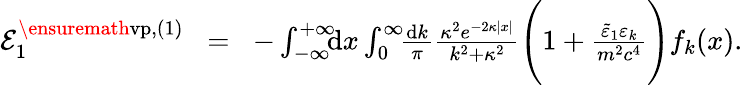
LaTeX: \begin{array}{rlr}{{\cal E}_{1}^{\ensuremath{\mathrm{vp}},(1)}\! }&{=}&{\! -\int_{-\infty}^{+\infty}\! \! \! \mathrm{d}x\int_{0}^{\infty}\! \! \frac{\mathrm dk}{\pi}\frac{\kappa^{2}e^{-2\kappa|x|}}{k^{2}+\kappa^{2}}\Bigg(1+\frac{\tilde{\varepsilon}_{1}\varepsilon_{k}}{m^{2}c^{4}}\Bigg)f_{k}(x).}\end{array}